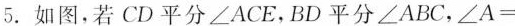
5.如图，若CD平分\angle ACE，BD平分\angle ABC，\angle A=